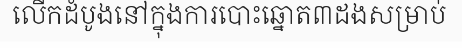
លើកដំបូងនៅក្នុងការបោះឆ្នោត៣ដងសម្រាប់